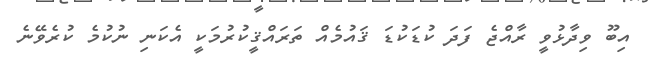
އިބޫ ވިދާޅުވީ ރާއްޖެ ފަދަ ކުޑަކުޑަ ޤައުމެއް ތަރައްޤީކުރުމަކީ އެކަނި ނުކުމެ ކުރެވޭނެ